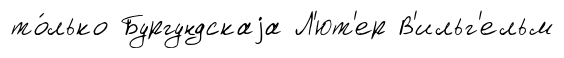
то́лько Бургундскаjа Л'ют'ер В'ильг'ельм